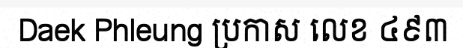
Daek Phleung ប្រកាស លេខ ៤៩៣